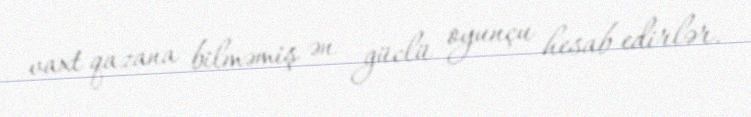
vaxt qazana bilməmiş ən güclü oyunçu hesab edirlər.